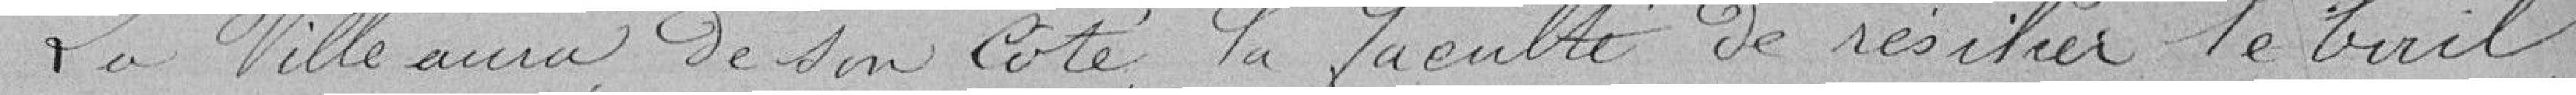
La Ville aura de son côté, la faculté de résilier le bail